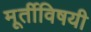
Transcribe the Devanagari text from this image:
मूर्तीविषयी